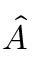
\boldsymbol { \hat { A } }